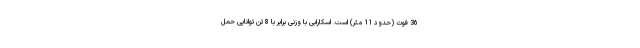
36 فوت (حدود 11 متر) است. اسکارابی با وزنی برابر با 8 تن توانایی حمل